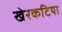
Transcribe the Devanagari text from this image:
खेरकटिया